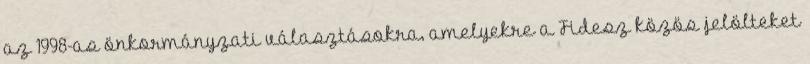
az 1998-as önkormányzati választásokra, amelyekre a Fidesz közös jelölteket